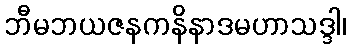
ဘီမဘယဇနကနိနာဒမဟာသဒ္ဒါ၊